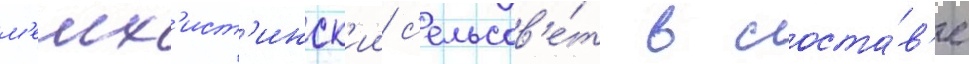
м'елх'ист'инск'ии с'ельсов'е́т в соста́в'е